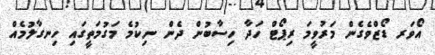
އޯވަރ ޑޯޒްވެގެން މަރުވީމަ ރިޕޯޓް ހަދާ ހިސާބުން ދެން ނިކުމެ މަގުމަތީގައި ހިނގާލުމެއް